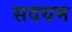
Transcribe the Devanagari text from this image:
सदयम